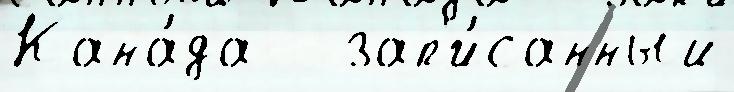
Кана́да   зап'и́санный